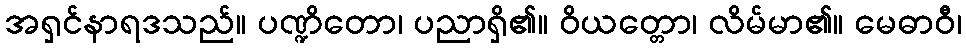
အရှင်နာရဒသည်။ ပဏ္ဍိတော၊ ပညာရှိ၏။ ဝိယတ္တော၊ လိမ်မာ၏။ မေဓာဝီ၊